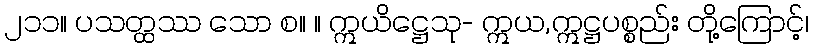
၂၁၁။ ပသတ္ထဿ သော စ။ ။ ဣယိဋ္ဌေသု- ဣယ,ဣဋ္ဌပစ္စည်း တို့ကြောင့်၊